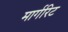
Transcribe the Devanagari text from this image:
मार्गरिट